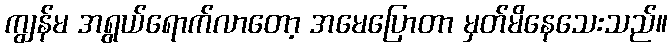
ကျွန်မ အရွယ်ရောက်လာတော့ အမေပြောတာ မှတ်မိနေသေးသည်။